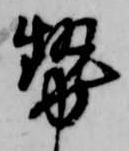
勢